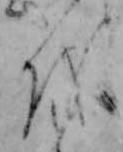
を